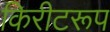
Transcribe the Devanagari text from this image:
किरीटरूप